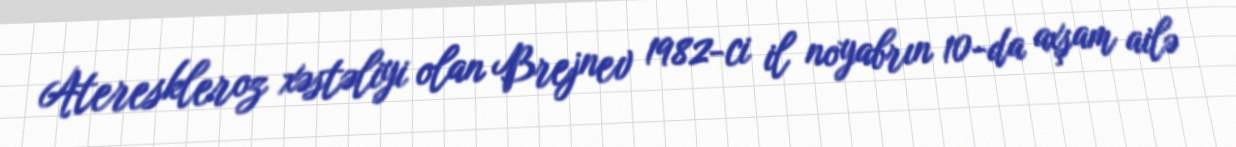
Atereskleroz xəstəliyi olan Brejnev 1982-ci il noyabrın 10-da axşam ailə